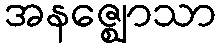
အနဇ္ဈောသာ